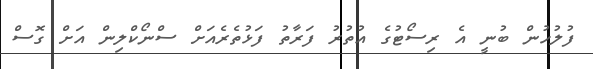
ފުލުހުން ބުނީ އެ ރިސޯޓުގެ އުތުރު ފަރާތު ފަޅުތެރެއަށް ސްނޯކްލިން އަށް ގޮސް